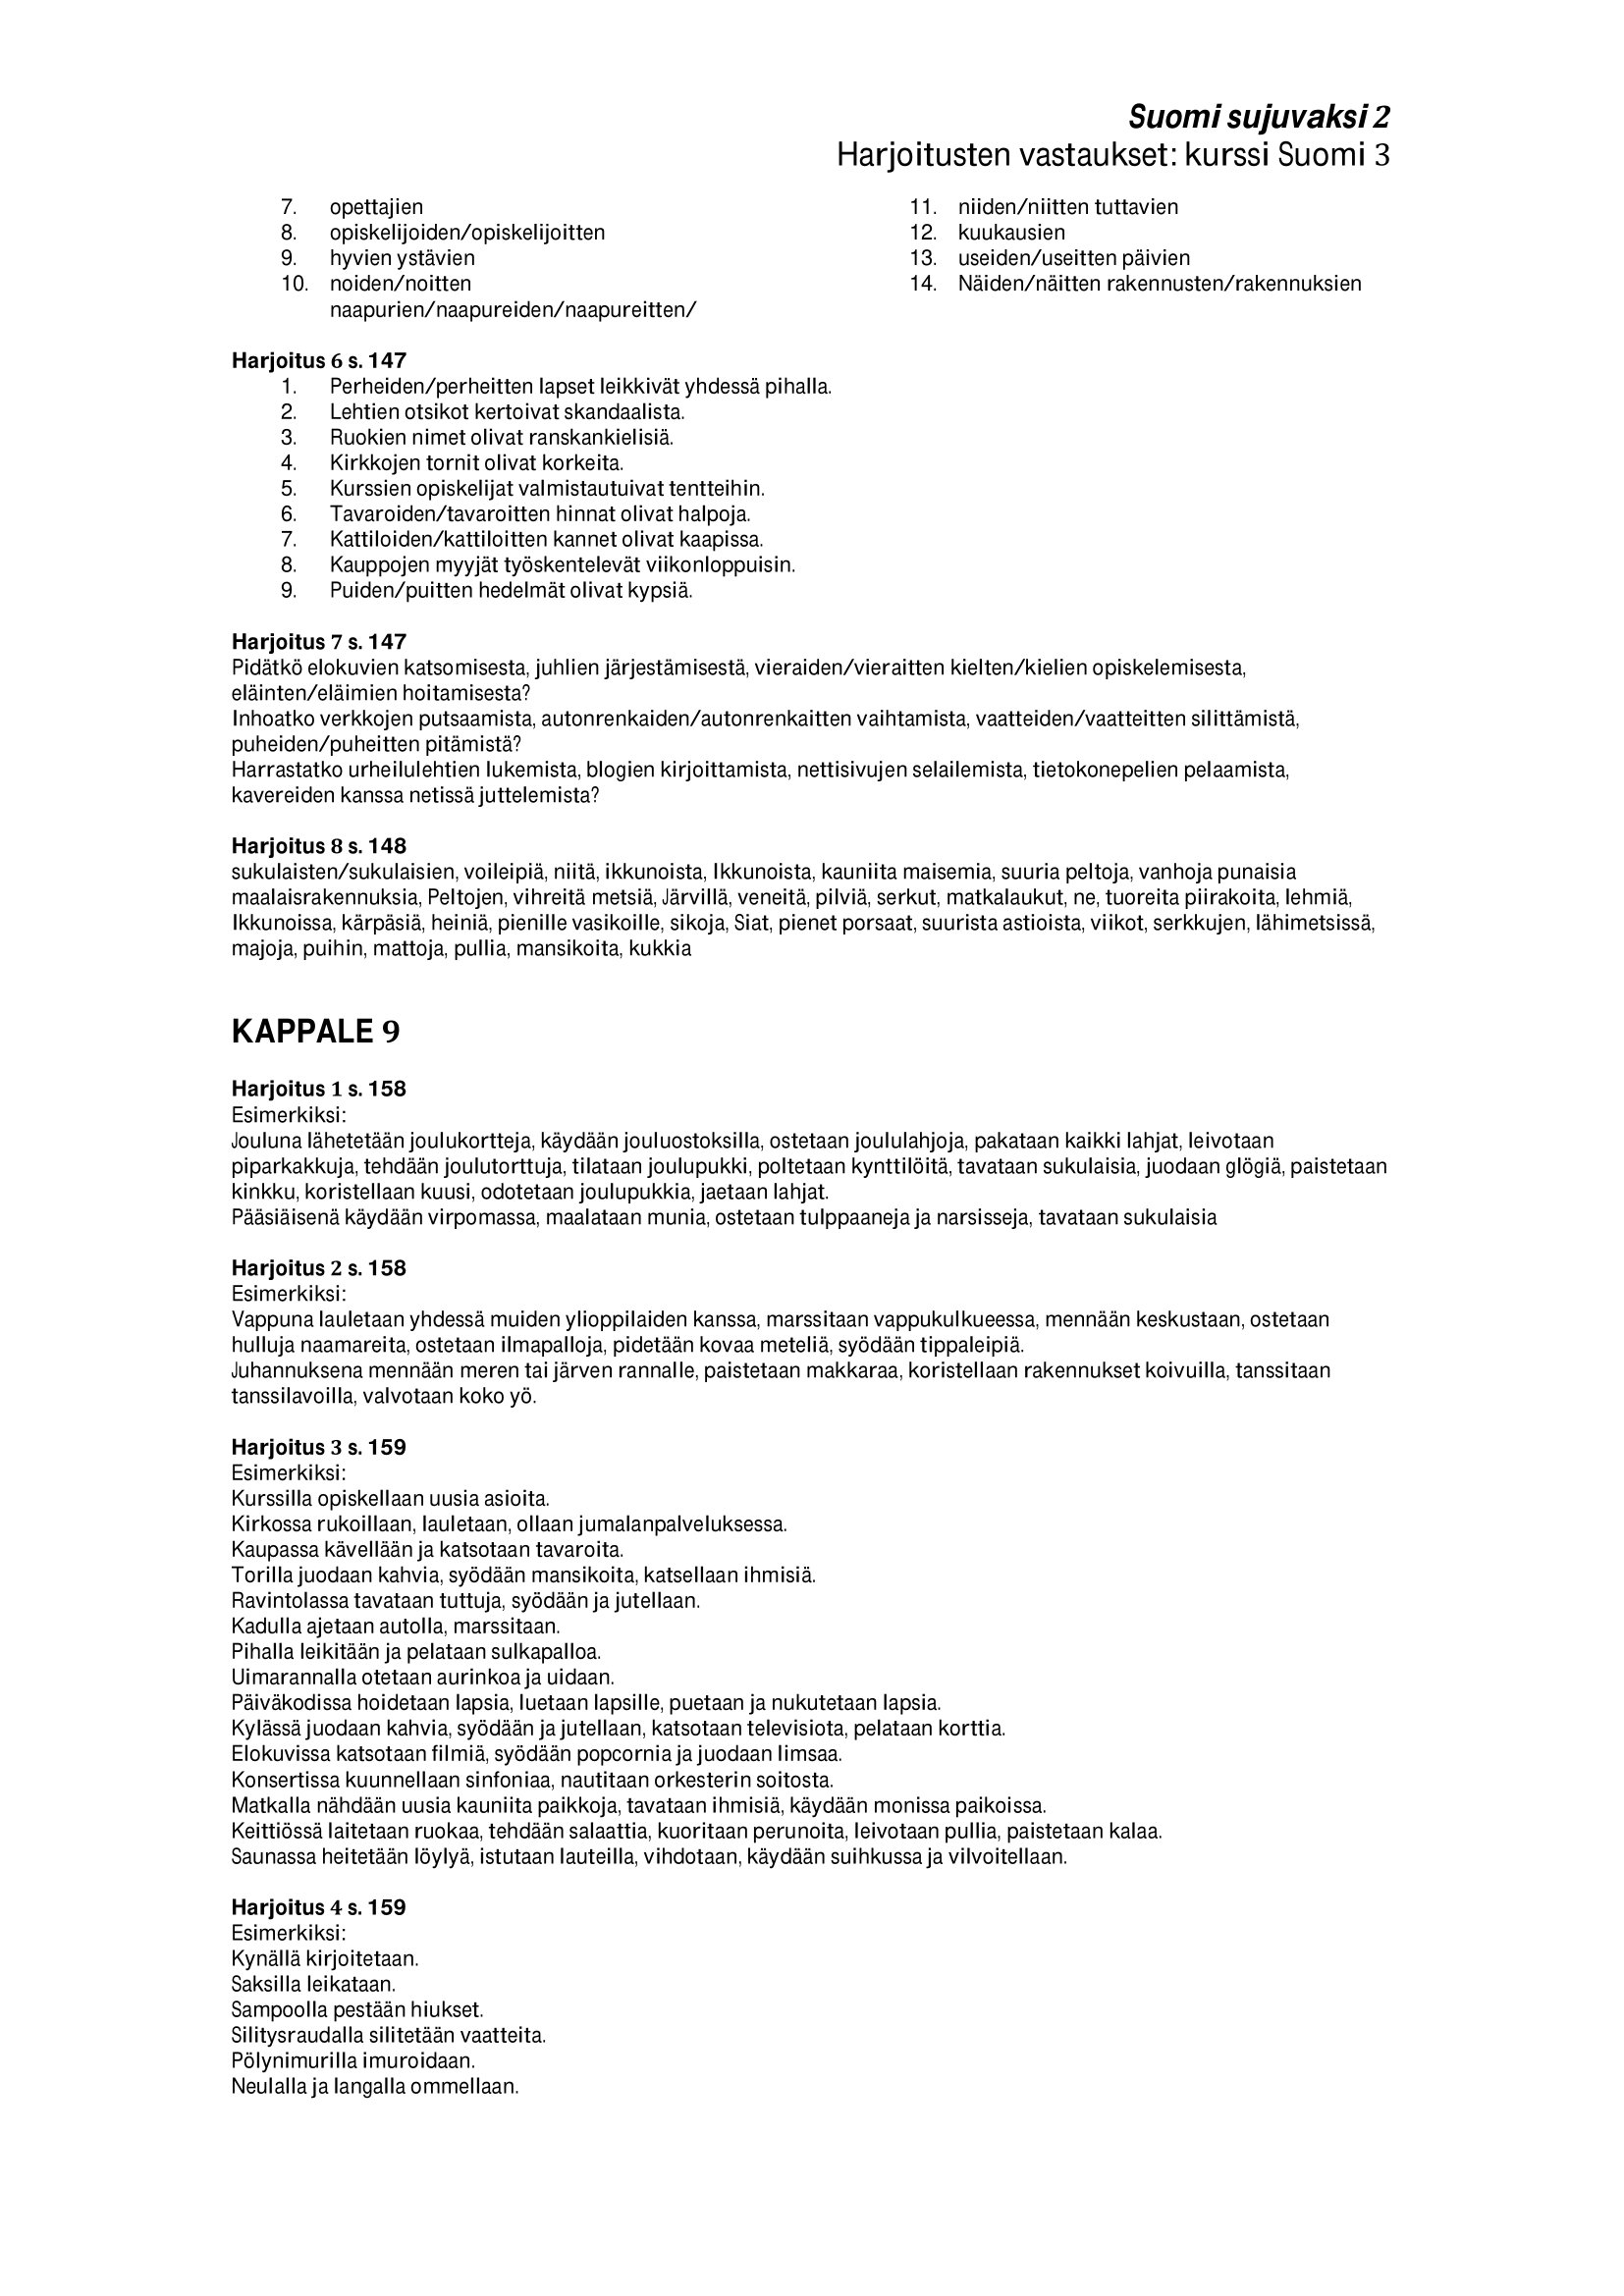
Language: fn